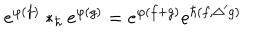
e ^ { \varphi ( f ) } * _ { \hbar } e ^ { \varphi ( g ) } = e ^ { \varphi ( f + g ) } e ^ { \hbar ( f , \Delta ^ { \prime } g ) }